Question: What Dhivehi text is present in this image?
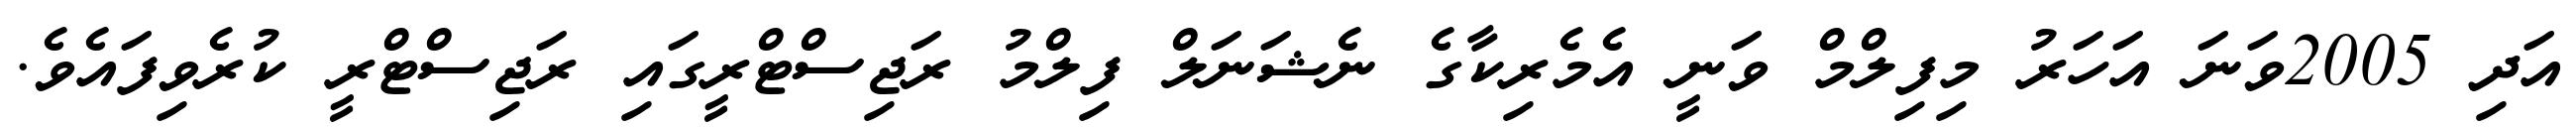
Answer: އަދި 2005ވަނަ އަހަރު މިފިލްމް ވަނީ އެމެރިކާގެ ނެޝަނަލް ފިލްމު ރަޖިސްޓްރީގައި ރަޖިސްޓްރީ ކުރެވިފައެވެ.